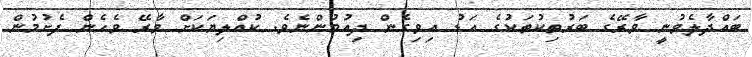
ބައްދާލެވުނީ ވާރޭގެ ބަރުތިކުތަކުގެ އަޑު އިވިގެން ދިއުމުންނެވެ. ކުއްލިޔަކަށް ވާރޭ ވެހެން ފެށުމުން